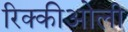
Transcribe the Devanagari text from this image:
रिक्कीओली